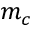
m _ { c }